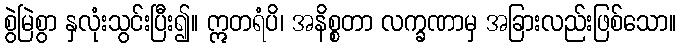
စွဲမြဲစွာ နှလုံးသွင်းပြီး၍။ ဣတရံပိ၊ အနိစ္စတာ လက္ခဏာမှ အခြားလည်းဖြစ်သော။